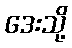
ဒေးသို့